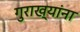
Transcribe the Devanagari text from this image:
गुराख्यांना